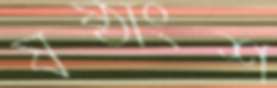
ষষ্ঠাংশ